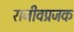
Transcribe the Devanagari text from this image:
राजीवप्रजक